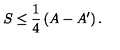
S \leq \frac { 1 } { 4 } \left( A - A ^ { \prime } \right) .